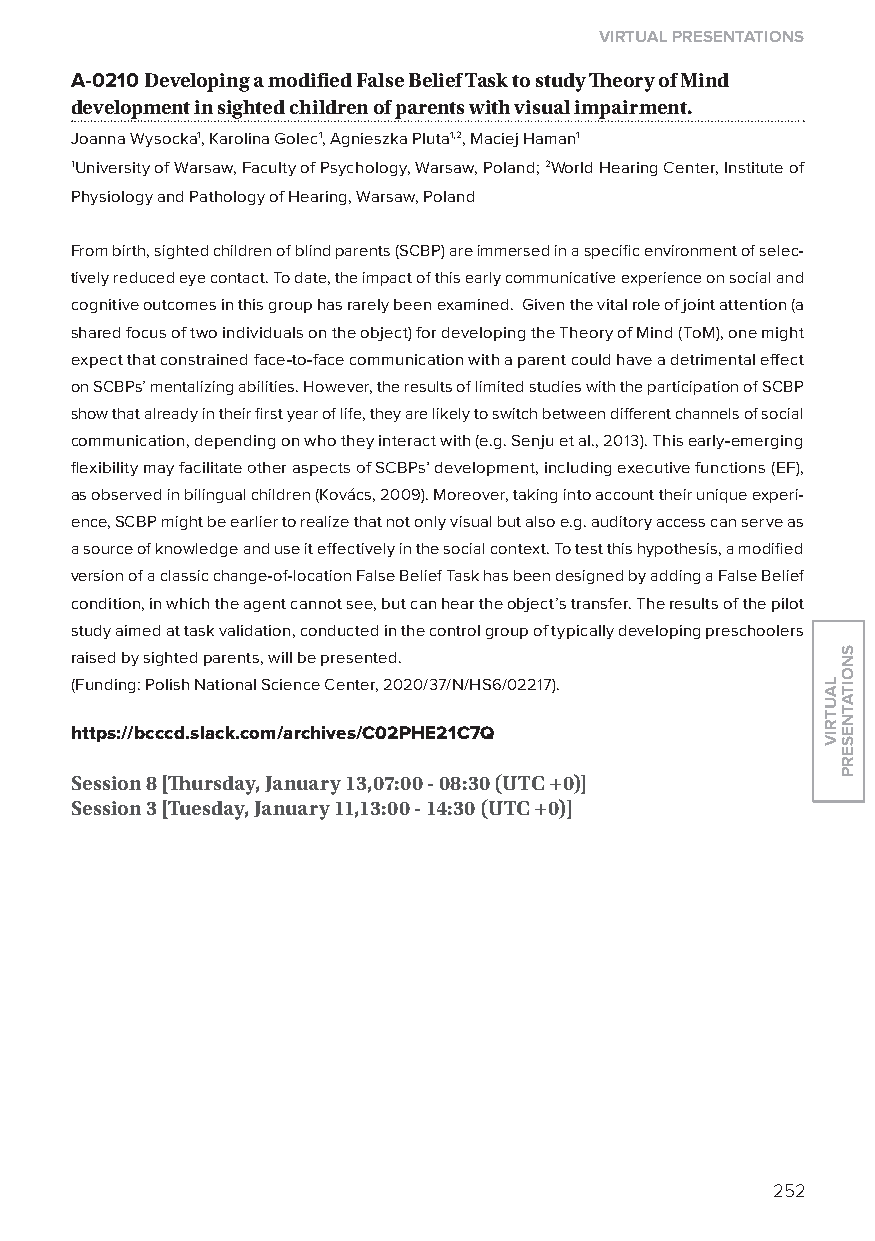
virtual presentations
 A-0210 Developing a modified false Belief task to study Theory of mind
 development in sighted children of parents with visual impairment.
 Joanna Wysocka1, Karolina Golec1, Agnieszka Pluta1,2, Maciej Haman1
 1University of Warsaw, Faculty of Psychology, Warsaw, Poland; 2World Hearing Center, Institute of
 Physiology and Pathology of Hearing, Warsaw, Poland
 From birth, sighted children of blind parents (SCBP) are immersed in a specific environment of selec-
 tively reduced eye contact. To date, the impact of this early communicative experience on social and
 cognitive outcomes in this group has rarely been examined. Given the vital role of joint attention (a
 shared focus of two individuals on the object) for developing the Theory of Mind (ToM), one might
 expect that constrained face-to-face communication with a parent could have a detrimental effect
 on SCBPs’ mentalizing abilities. However, the results of limited studies with the participation of SCBP
 show that already in their first year of life, they are likely to switch between different channels of social
 communication, depending on who they interact with (e.g. Senju et al., 2013). This early-emerging
 flexibility may facilitate other aspects of SCBPs’ development, including executive functions (EF),
 as observed in bilingual children (Kovács, 2009). Moreover, taking into account their unique experi-
 ence, SCBP might be earlier to realize that not only visual but also e.g. auditory access can serve as
 a source of knowledge and use it effectively in the social context. To test this hypothesis, a modified
 version of a classic change-of-location False Belief Task has been designed by adding a False Belief
 condition, in which the agent cannot see, but can hear the object’s transfer. The results of the pilot
 study aimed at task validation, conducted in the control group of typically developing preschoolers
 raised by sighted parents, will be presented.
 (Funding: Polish National Science Center, 2020/37/N/HS6/02217).
 https://bcccd.slack.com/archives/C02phe21C7Q
 session 8 [Thursday, January 13,07:00 - 08:30 (utC +0)]
 session 3 [tuesday, January 11,13:00 - 14:30 (utC +0)]
 252
 lautriv
 snoitatneserp